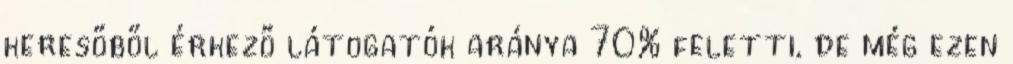
keresőből érkező látogatók aránya 70% feletti, de még ezen